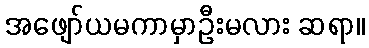
အဖျော်ယမကာမှာဦးမလား ဆရာ။